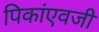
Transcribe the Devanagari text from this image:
पिकांएवजी